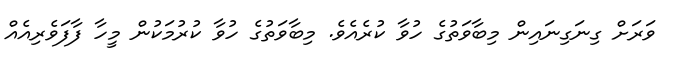
ވަރަށް ގިނަގިނައިން މިބާވަތުގެ ހުވާ ކުރެއެވެ. މިބާވަތުގެ ހުވާ ކުރުމަކުން މީހާ ފާފަވެރިއެއް